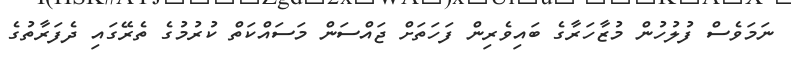
ނަމަވެސް ފުލުހުން މުޒާހަރާގެ ބައިވެރިން ފަހަތަށް ޖައްސަން މަސައްކަތް ކުރުމުގެ ތެރޭގައި ދެފަރާތުގެ